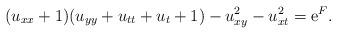
LaTeX: \begin{align*}(u_{xx}+1)(u_{yy}+u_{tt}+u_t+1)-u_{xy}^2-u_{xt}^2={\mathrm e}^F.\end{align*}